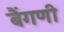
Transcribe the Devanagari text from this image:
बैंगणी